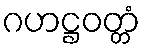
ဂဟဋ္ဌဝတ္တံ